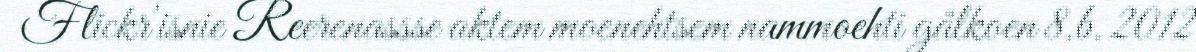
Flickr'isnie Reerenassse aktem moenehtsem nammoehti gålkoen 8.b. 2012